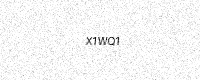
Text: X1WQ1